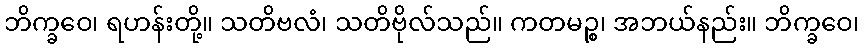
ဘိက္ခဝေ၊ ရဟန်းတို့။ သတိဗလံ၊ သတိဗိုလ်သည်။ ကတမဉ္စ၊ အဘယ်နည်း။ ဘိက္ခဝေ၊